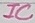
Text: IC